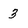
Character: 3